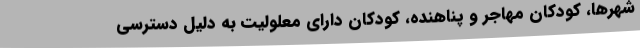
شهرها، کودکان مهاجر و پناهنده، کودکان دارای معلولیت به دلیل دسترسی